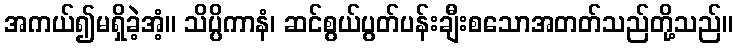
အကယ်၍မရှိခဲ့အံ့။ သိပ္ပိကာနံ၊ ဆင်စွယ်ပွတ်ပန်းချီးစသောအတတ်သည်တို့သည်။